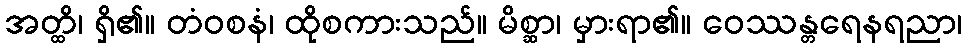
အတ္ထိ၊ ရှိ၏။ တံဝစနံ၊ ထိုစကားသည်။ မိစ္ဆာ၊ မှားရာ၏။ ဝေဿန္တရေနရညာ၊